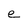
Character: e